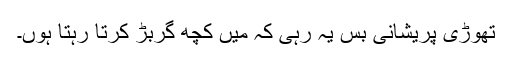
تھوڑی پریشانی بس یہ رہی کہ میں کچھ گربڑ کرتا رہتا ہوں۔